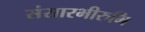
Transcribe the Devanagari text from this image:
संसारभीरुभि